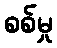
စစ်မှု